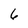
Character: 6